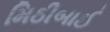
મિઠીબાઈ